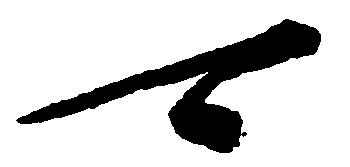
可